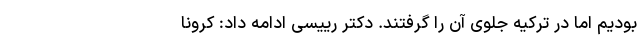
بودیم اما در ترکیه جلوی آن را گرفتند. دکتر رییسی ادامه داد: کرونا